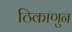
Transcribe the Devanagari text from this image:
ठिकाणुन